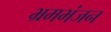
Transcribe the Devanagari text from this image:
भ्रमभंजन